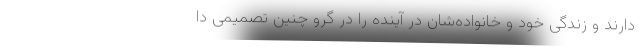
دارند و زندگی خود و خانواده‌شان در آینده را در گرو چنین تصمیمی دا